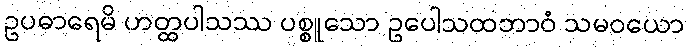
ဥပဓာရေမိ ဟတ္ထပါသဿ ပစ္စူသော ဥပေါသထဘာဝံ သမဝယော